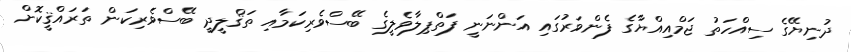
ދުނިޔޭގެ ސިއްހަތު ޖަމްއިއްޔާގެ ފެންވަރުގައި އަންނަނީ ފަތްޕިލާވެލީގެ ބޭސްވެރިކަމާއި ތަޤްލީދީ ބޭސްވެރިކަން ތަރައްޤީކޮށް